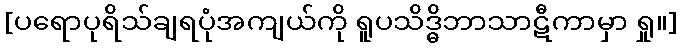
[ပရောပုရိသ်ချရပုံအကျယ်ကို ရူပသိဒ္ဓိဘာသာဋီကာမှာ ရှု။]